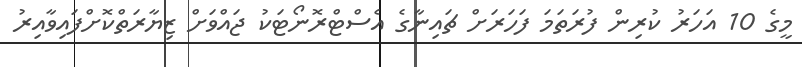
މީގެ 10 އަހަރު ކުރިން ފުރަތަމަ ފަހަރަށް ޗައިނާގެ އެސްޓްރޮނޯޓަކު ޖައްވަށް ޒިޔާރަތްކޮށްފައިވާއިރު